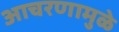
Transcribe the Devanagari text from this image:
आचरणामुळे